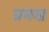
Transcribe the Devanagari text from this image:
प्रमख